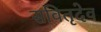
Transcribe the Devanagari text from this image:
सवितृदेव